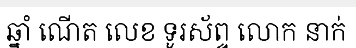
ឆ្នាំ ណើត លេខ ទូរស័ព្ទ លោក នាក់